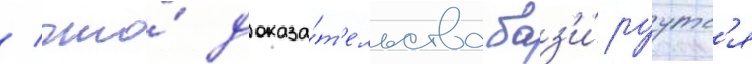
/ что́ доказа́т'ельства баз'и́руутс'я